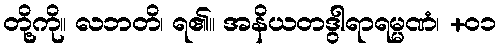
တို့ကို။ လဘတိ၊ ရ၏။ အနိယတဒွါရာရမ္မဏံ၊ +၀၁